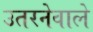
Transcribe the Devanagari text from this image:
उतरनेवाले